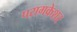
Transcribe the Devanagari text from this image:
परागकेशर